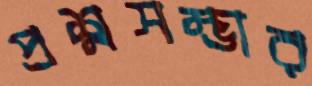
প্রশ্নসম্ভার